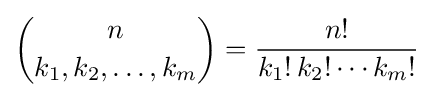
{n \choose k_{1},k_{2},\ldots ,k_{m}}={\frac {n!}{k_{1}!\,k_{2}!\cdots k_{m}!}}